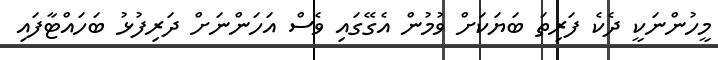
މީހުންނަކީ ދެކެ ފަރިތަ ބަޔަކަށް ވުމުން އެގޭގައި ވެސް އަހަންނަށް ދަރިފުޅު ބަހައްޓާފައި